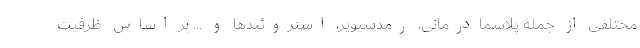
مختلفی از جمله پلاسمادرمانی، رمدسیویر، استروئیدها و ... بر اساس ظرفیت